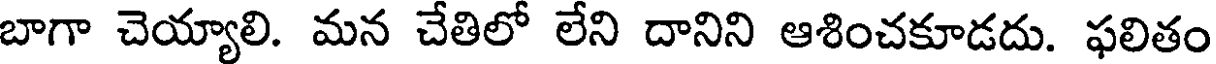
బాగా చెయ్యాలి. మన చేతిలో లేని దానిని ఆశించకూడదు. ఫలితం